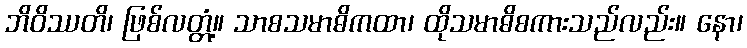
ဘိဝိဿတိ၊ ဖြစ်လတ္တံ့။ သာစသမာဓိကထာ၊ ထိုသမာဓိစကားသည်လည်း။ နော၊